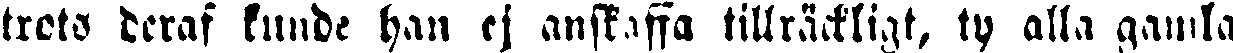
trots deraf kunde han ej anskaffa tillräckligt, ty alla gamla